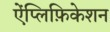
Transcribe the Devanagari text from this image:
ऐंप्लिफ़िकेशन